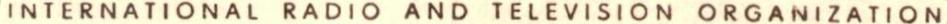
INTERNATIONAL RADIO AND TELEVISION ORGANIZATION